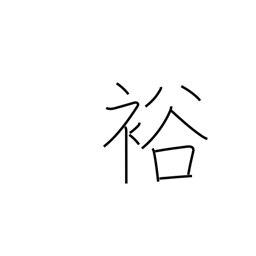
Meaning: fertile